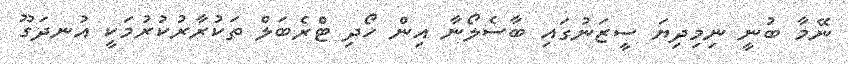
ނޭމާ ބުނީ ނިމިދިޔަ ސީޒަނުގައި ބާސެލޯނާ އިން ހޯދި ޓްރެބަލް ތަކުރާރުކުރުމަކީ އުނދަގޫ